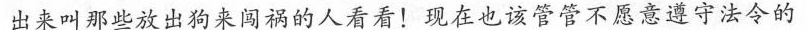
出来叫那些放出狗来闯祸的人看看!现在也该管管不愿意遵守法令的